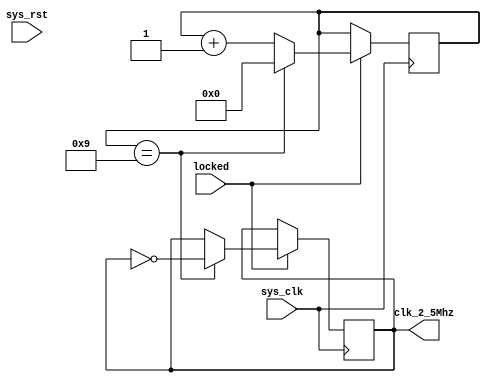
`timescale 1ns / 1ps
//////////////////////////////////////////////////////////////////////////////////
// Company: 
// Engineer: 
// 
// Design Name: 
// Module Name:    make_22500pulse 
// Project Name: 
// Target Devices: 
// Tool versions: 
// Description: 
//
// Dependencies: 
//
// Revision: 
// Revision 0.01 - File Created
// Additional Comments: 
//
//////////////////////////////////////////////////////////////////////////////////
module make_22500pulse(
	 input sys_clk,
	 input sys_rst,
	 input locked,
	 output reg clk_2_5Mhz = 1'b0
    );
	 
	 reg [5:0] cnt_make_2_5Mhz = 6'd0;
	 always @ (posedge sys_clk)
	 begin
		if (locked)
		begin
			if (cnt_make_2_5Mhz == 6'd9)
			begin
				cnt_make_2_5Mhz <= 6'd0;
				clk_2_5Mhz <= ~clk_2_5Mhz;
			end
			else begin
				cnt_make_2_5Mhz <= cnt_make_2_5Mhz + 6'd1;
			end
		end
	 end

endmodule